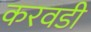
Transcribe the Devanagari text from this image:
करवडी